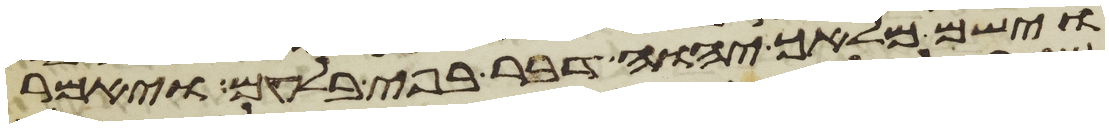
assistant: וישם מלאך יהוה דבר בפי בלעם ויאמר